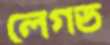
লেগড